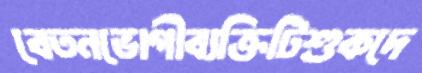
বেতনভোগীব্যক্তিটিশুকদে